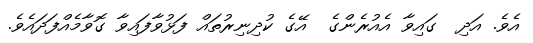
އެވެ. އަދި  ގައިވާ އެއުރެންގެ  އޭގެ ކުދިނިރުތައް ފަޅުވާފައިވާ ގޮވާމެއްފަދައެވެ.